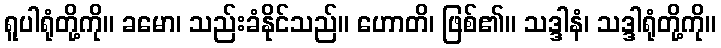
ရူပါရုံတို့ကို။ ခမော၊ သည်းခံနိုင်သည်။ ဟောတိ၊ ဖြစ်၏။ သဒ္ဒါနံ၊ သဒ္ဒါရုံတို့ကို။